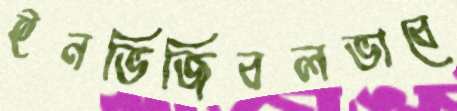
ইনভিজিবলভাবে